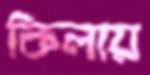
কিলায়